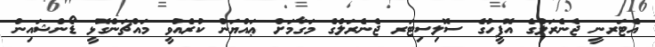
އެޓަރނީ ޖެނެރަލްގެ އޮފީހުގެ ސޮލިސިޓަރ ޖެނެރަލްގެ މަގާމަށް ޢައްޔަން ކުރެއްވީ މައްޗަންގޮޅީ ޑޯންޝައިން